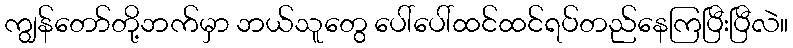
ကျွန်တော်တို့ဘက်မှာ ဘယ်သူတွေ ပေါ်ပေါ်ထင်ထင်ရပ်တည်နေကြပြီးပြီလဲ။